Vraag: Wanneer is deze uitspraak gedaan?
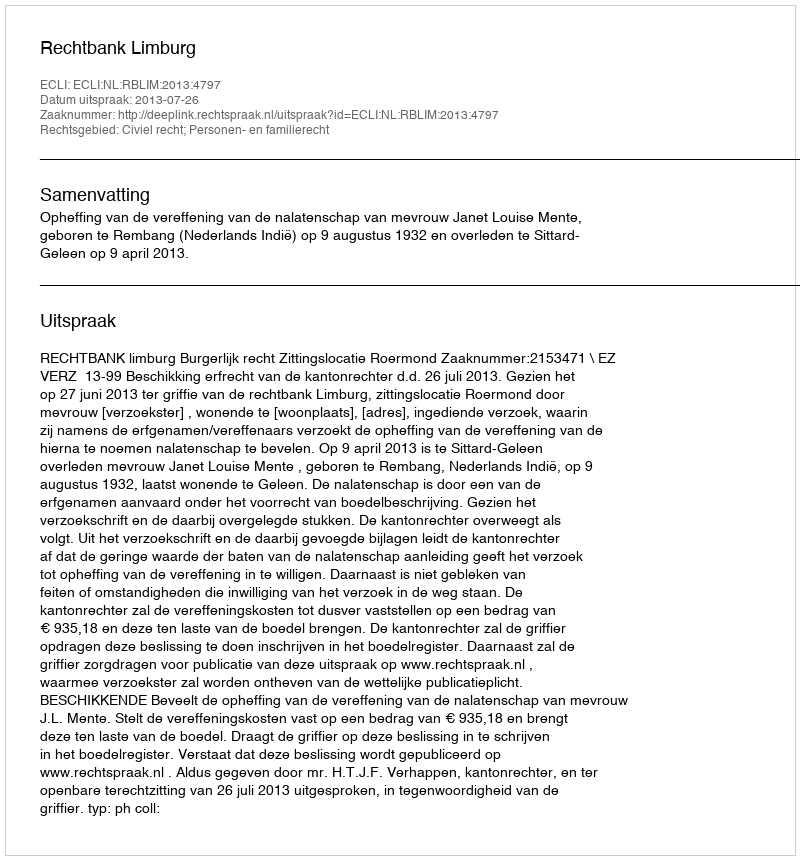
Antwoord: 2013-07-26